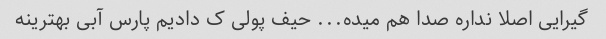
گیرایی اصلا نداره صدا هم میده... حیف پولی ک دادیم پارس آبی بهترینه